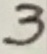
Text: 3